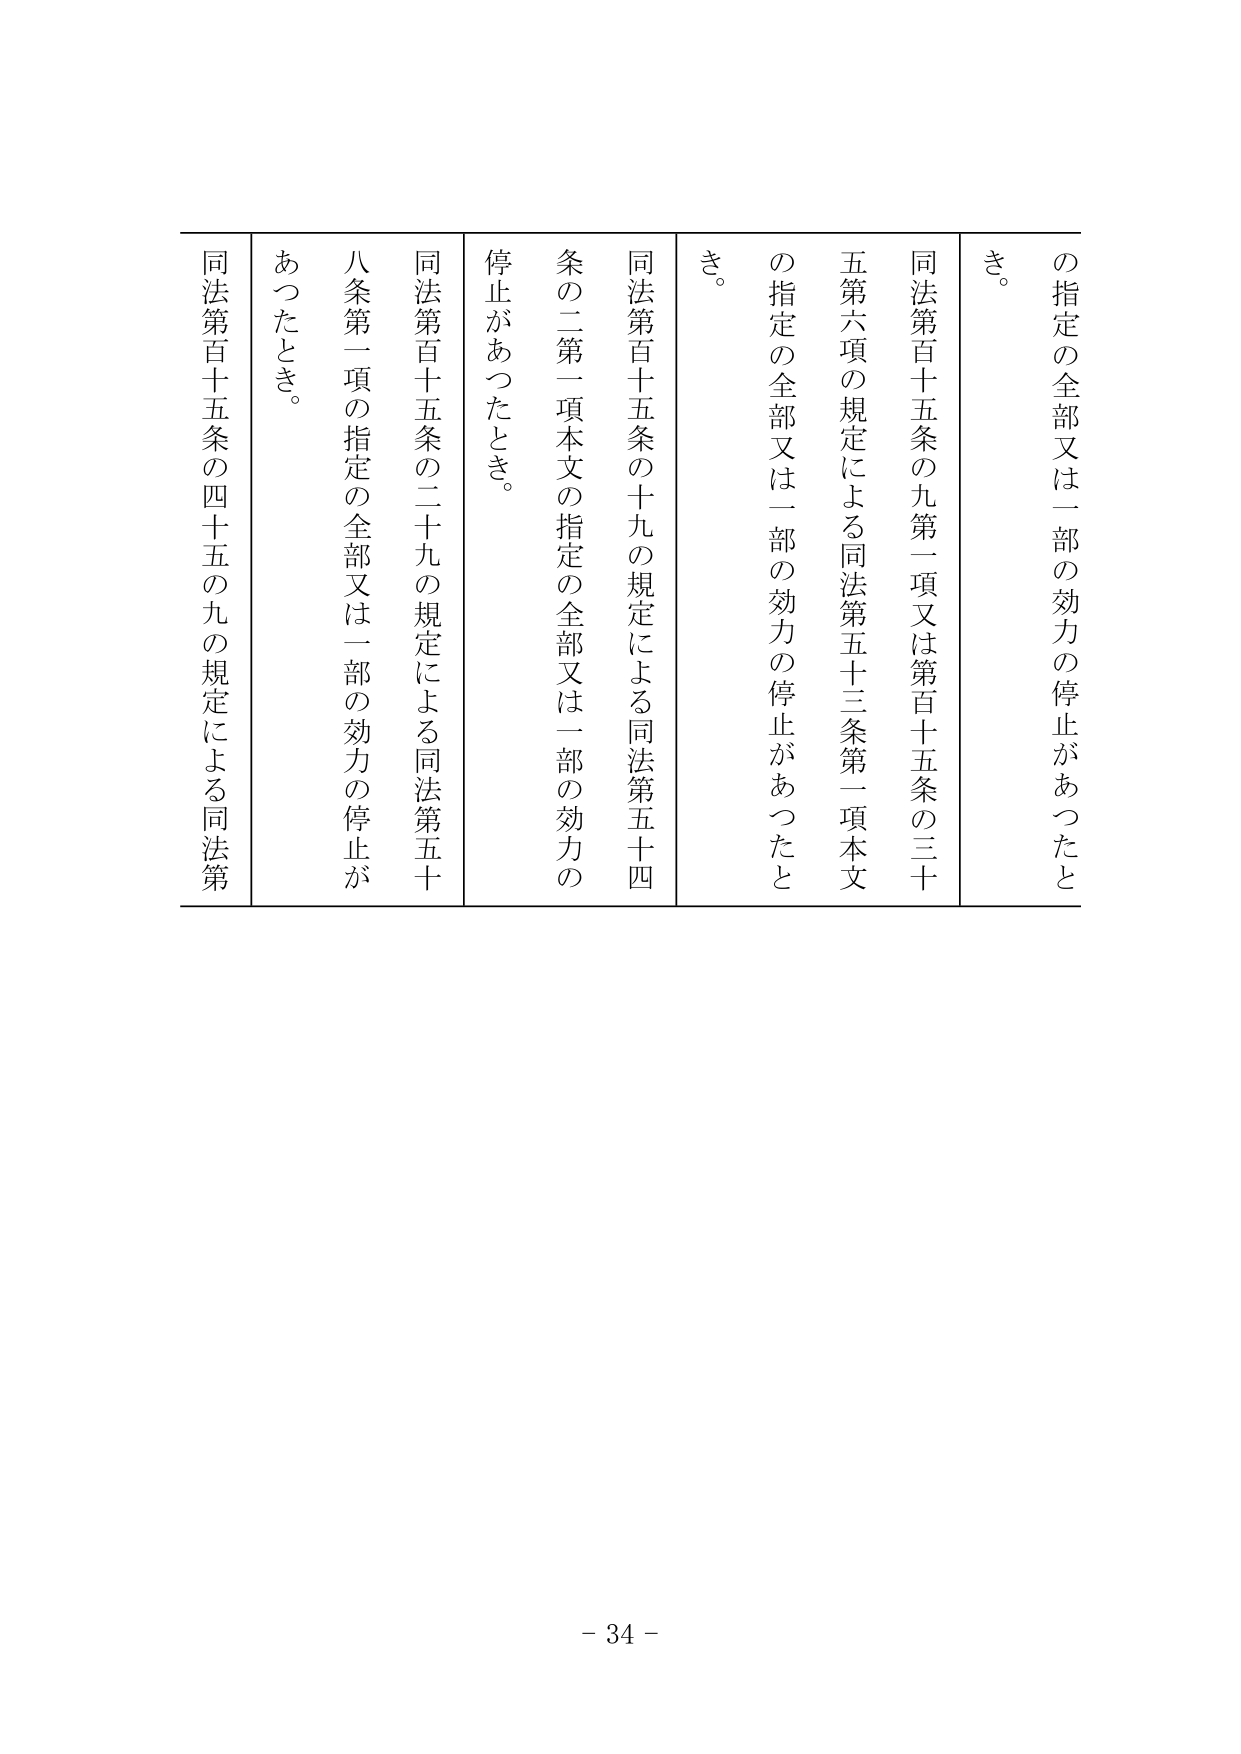
の指定の全部又は一部の効力の停止があったとき。

同法第百十五条の九第一項又は第百十五条の三十五第六項の規定による同法第五十三条第一項本文の指定の全部又は一部の効力の停止があったとき。

同法第百十五条の十九の規定による同法第五十四条の二第一項本文の指定の全部又は一部の効力の停止があったとき。

同法第百十五条の二十九の規定による同法第五十八条第一項の指定の全部又は一部の効力の停止があったとき。

同法第百十五条の四十五の九の規定による同法第

- 34 -